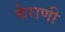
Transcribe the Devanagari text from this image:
बेराणी